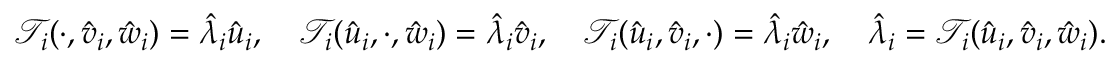
{ \mathcal { T } } _ { i } ( \cdot , \hat { v } _ { i } , \hat { w } _ { i } ) = \hat { \lambda } _ { i } \hat { u } _ { i } , \quad { \mathcal { T } } _ { i } ( \hat { u } _ { i } , \cdot , \hat { w } _ { i } ) = \hat { \lambda } _ { i } \hat { v } _ { i } , \quad { \mathcal { T } } _ { i } ( \hat { u } _ { i } , \hat { v } _ { i } , \cdot ) = \hat { \lambda } _ { i } \hat { w } _ { i } , \quad \hat { \lambda } _ { i } = { \mathcal { T } } _ { i } ( \hat { u } _ { i } , \hat { v } _ { i } , \hat { w } _ { i } ) .